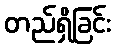
တည်ရှိခြင်း